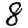
Digit: 8